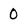
Character: 0